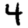
Digit: 4